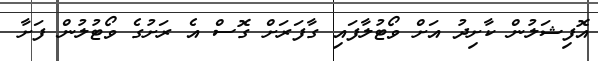
އޮފިޝަލުން ކާށިދު އަށް ވޯޓުލާފައި ގާފަރަށް ގޮސް އެ ރަށުގެ ވޯޓުލުން ފަށާ